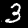
Label: 3